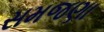
સમજણા